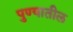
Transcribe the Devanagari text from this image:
पुण्‍यातील